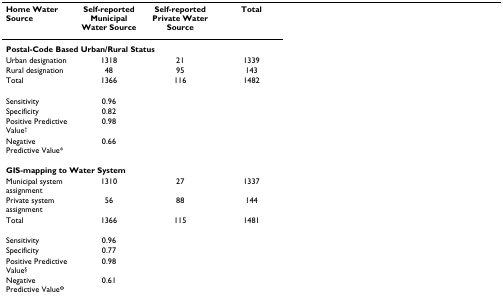
| Home Water Source | Self-reported Municipal Water Source | Self-reported Private Water Source | Total |
 | --- | --- | --- | --- |
 | <COLSPAN=4> Postal-Code Based Urban/Rural Status |
 | Urban designation | 1318 | 21 | 1339 |
 | Rural designation | 48 | 95 | 143 |
 | Total | 1366 | 116 | 1482 |
 | Sensitivity | 0.96 |  |  |
 | Specificity | 0.82 |  |  |
 | Positive Predictive Value† | 0.98 |  |  |
 | Negative Predictive Value* | 0.66 |  |  |
 | <COLSPAN=4> GIS-mapping to Water System |
 | Municipal system assignment | 1310 | 27 | 1337 |
 | Private system assignment | 56 | 88 | 144 |
 | Total | 1366 | 115 | 1481 |
 | Sensitivity | 0.96 |  |  |
 | Specificity | 0.77 |  |  |
 | Positive Predictive Value§ | 0.98 |  |  |
 | Negative Predictive ValueΦ | 0.61 |  |  |